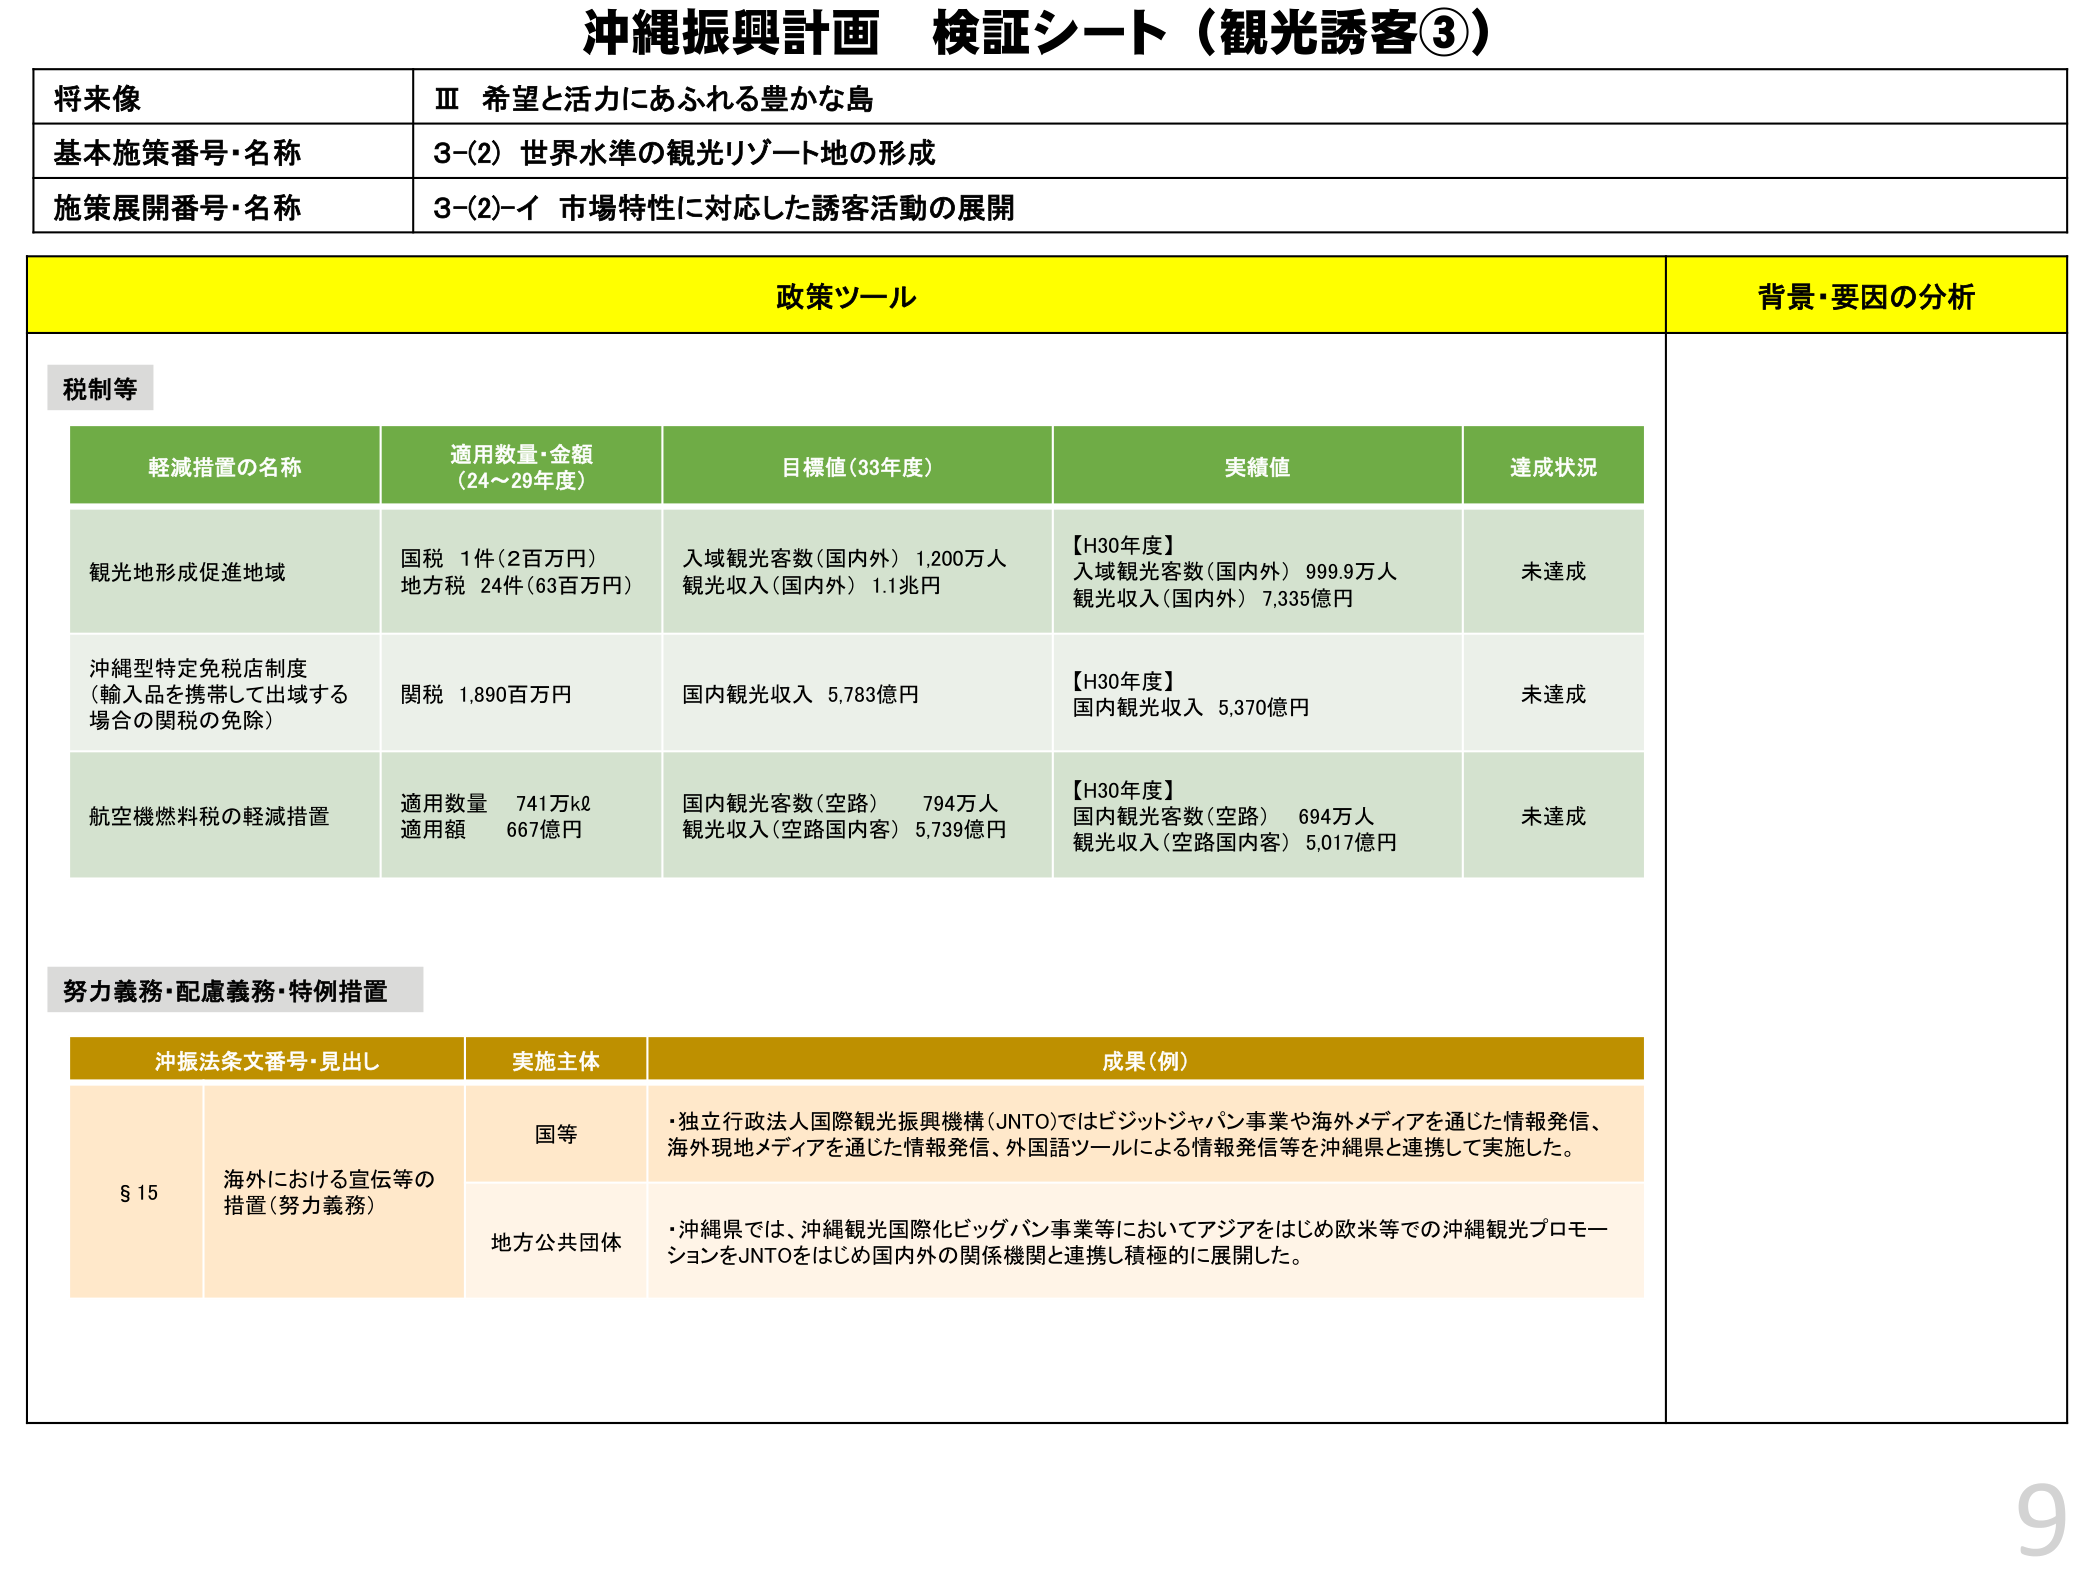
沖縄振興計画 検証シート（観光誘客③）

将来像
Ⅲ 希望と活力にあふれる豊かな島

基本施策番号・名称
3-(2) 世界水準の観光リゾート地の形成

施策展開番号・名称
3-(2)-イ 市場特性に対応した誘客活動の展開

政策ツール
背景・要因の分析

税制等

軽減措置の名称
適用数量・金額
(24～29年度)
目標値(33年度)
実績値
達成状況

観光地形成促進地域
国税 1件(2百万円)
地方税 24件(63百万円)
入域観光客数(国内外) 1,200万人
観光収入(国内外) 1.1兆円
【H30年度】
入域観光客数(国内外) 999.9万人
観光収入(国内外) 7,335億円
未達成

沖縄型特定免税店制度
(輸入品を携帯して出域する場合の関税の免除)
関税 1,890百万円
国内観光収入 5,783億円
【H30年度】
国内観光収入 5,370億円
未達成

航空機燃料税の軽減措置
適用数量 741万kℓ
適用額 667億円
国内観光客数(空路) 794万人
観光収入(空路国内客) 5,739億円
【H30年度】
国内観光客数(空路) 694万人
観光収入(空路国内客) 5,017億円
未達成

努力義務・配慮義務・特例措置

沖振法条文番号・見出し
実施主体
成果(例)

§15
海外における宣伝等の措置(努力義務)
国等
・独立行政法人国際観光振興機構(JNTO)ではビジットジャパン事業や海外メディアを通じた情報発信、海外現地メディアを通じた情報発信、外国語ツールによる情報発信等を沖縄県と連携して実施した。

地方公共団体
・沖縄県では、沖縄観光国際化ビッグバン事業等においてアジアをはじめ欧米等での沖縄観光プロモーションをJNTOをはじめ国内外の関係機関と連携し積極的に展開した。

9